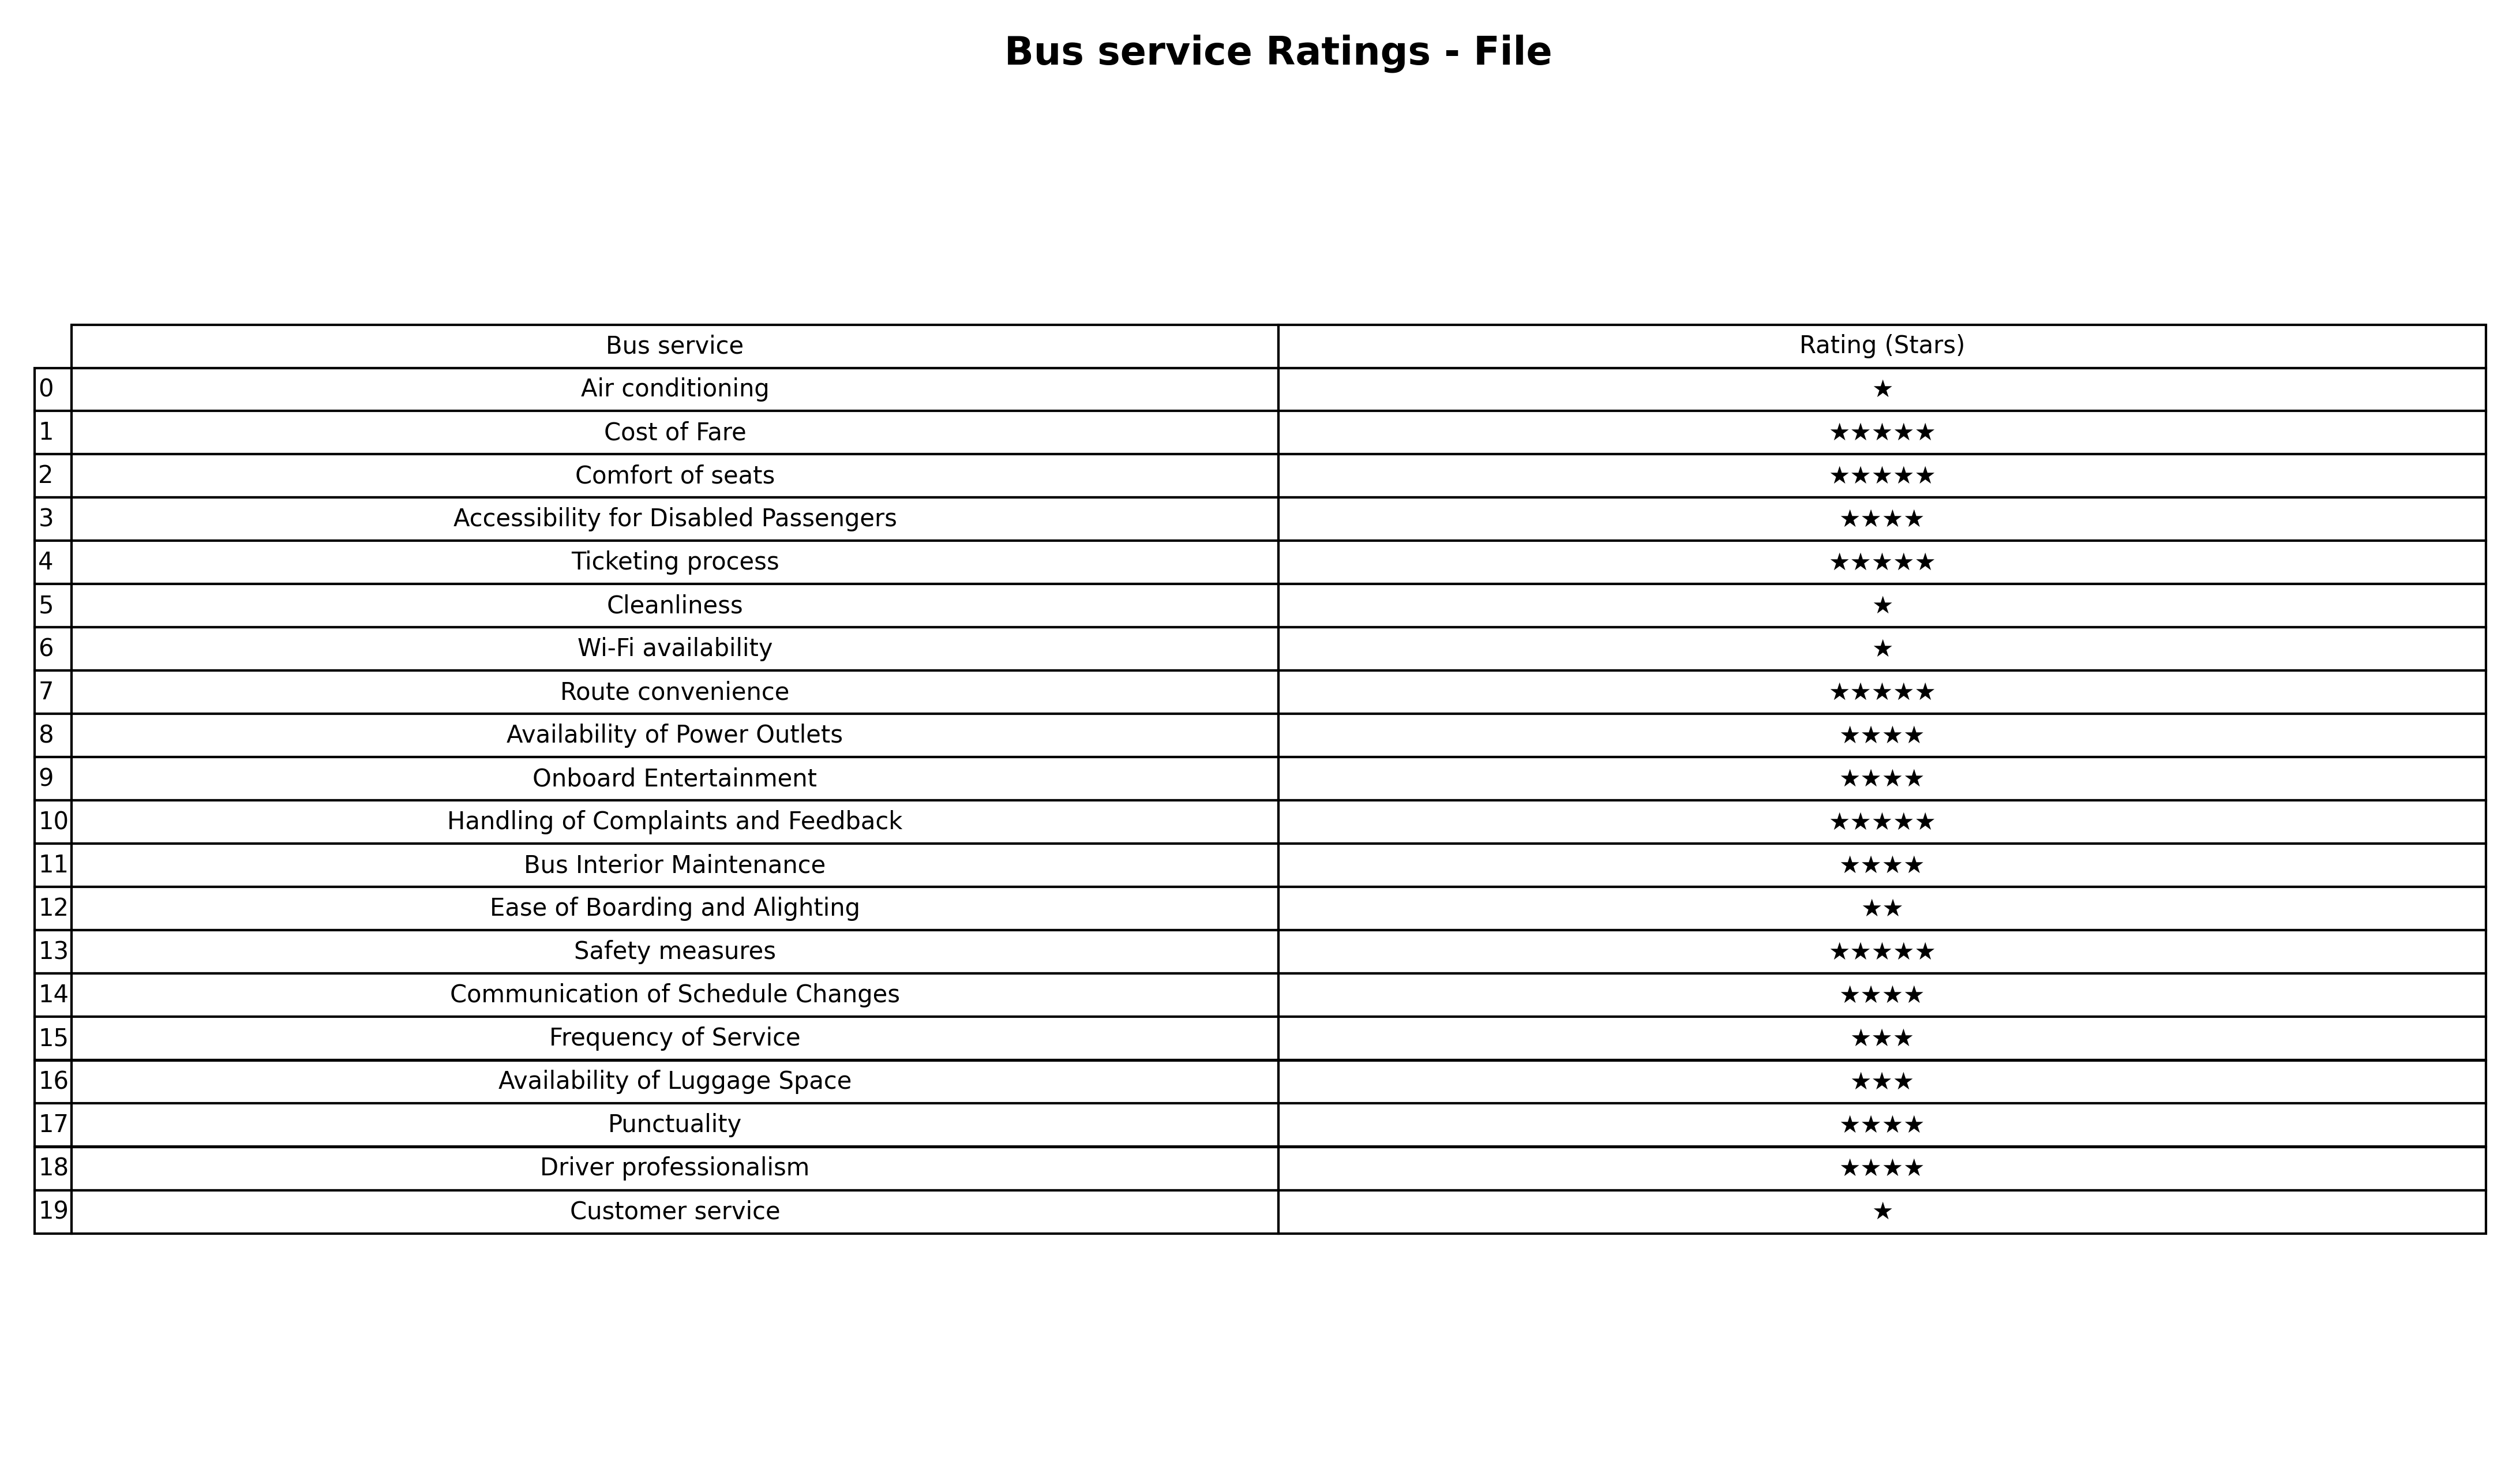
question: What is the rating of Ease of Boarding and Alighting?
answer: ★★